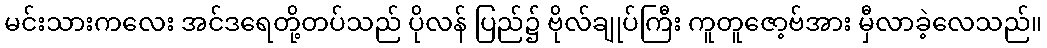
မင်းသားကလေး အင်ဒရေတို့တပ်သည် ပိုလန် ပြည်၌ ဗိုလ်ချုပ်ကြီး ကူတူဇော့ဗ်အား မှီလာခဲ့လေသည်။